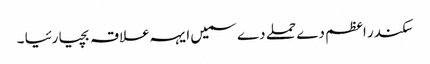
سکندر اعظم دے حملے دے سمیں ایہہ علاقہ بچیا رئیا ۔